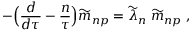
- \Bigr ( { \frac { d } { d \tau } } - { \frac { n } { \tau } } \Bigr ) { \widetilde m } _ { n p } = { \widetilde \lambda } _ { n } \; { \widetilde m } _ { n p } \; ,